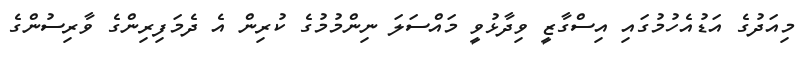
މިއަދުގެ އަޑުއެހުމުގައި އިސްގާޒީ ވިދާޅުވީ މައްސަލަ ނިންމުމުގެ ކުރިން އެ ދެމަފިރިންގެ ވާރިސުންގެ